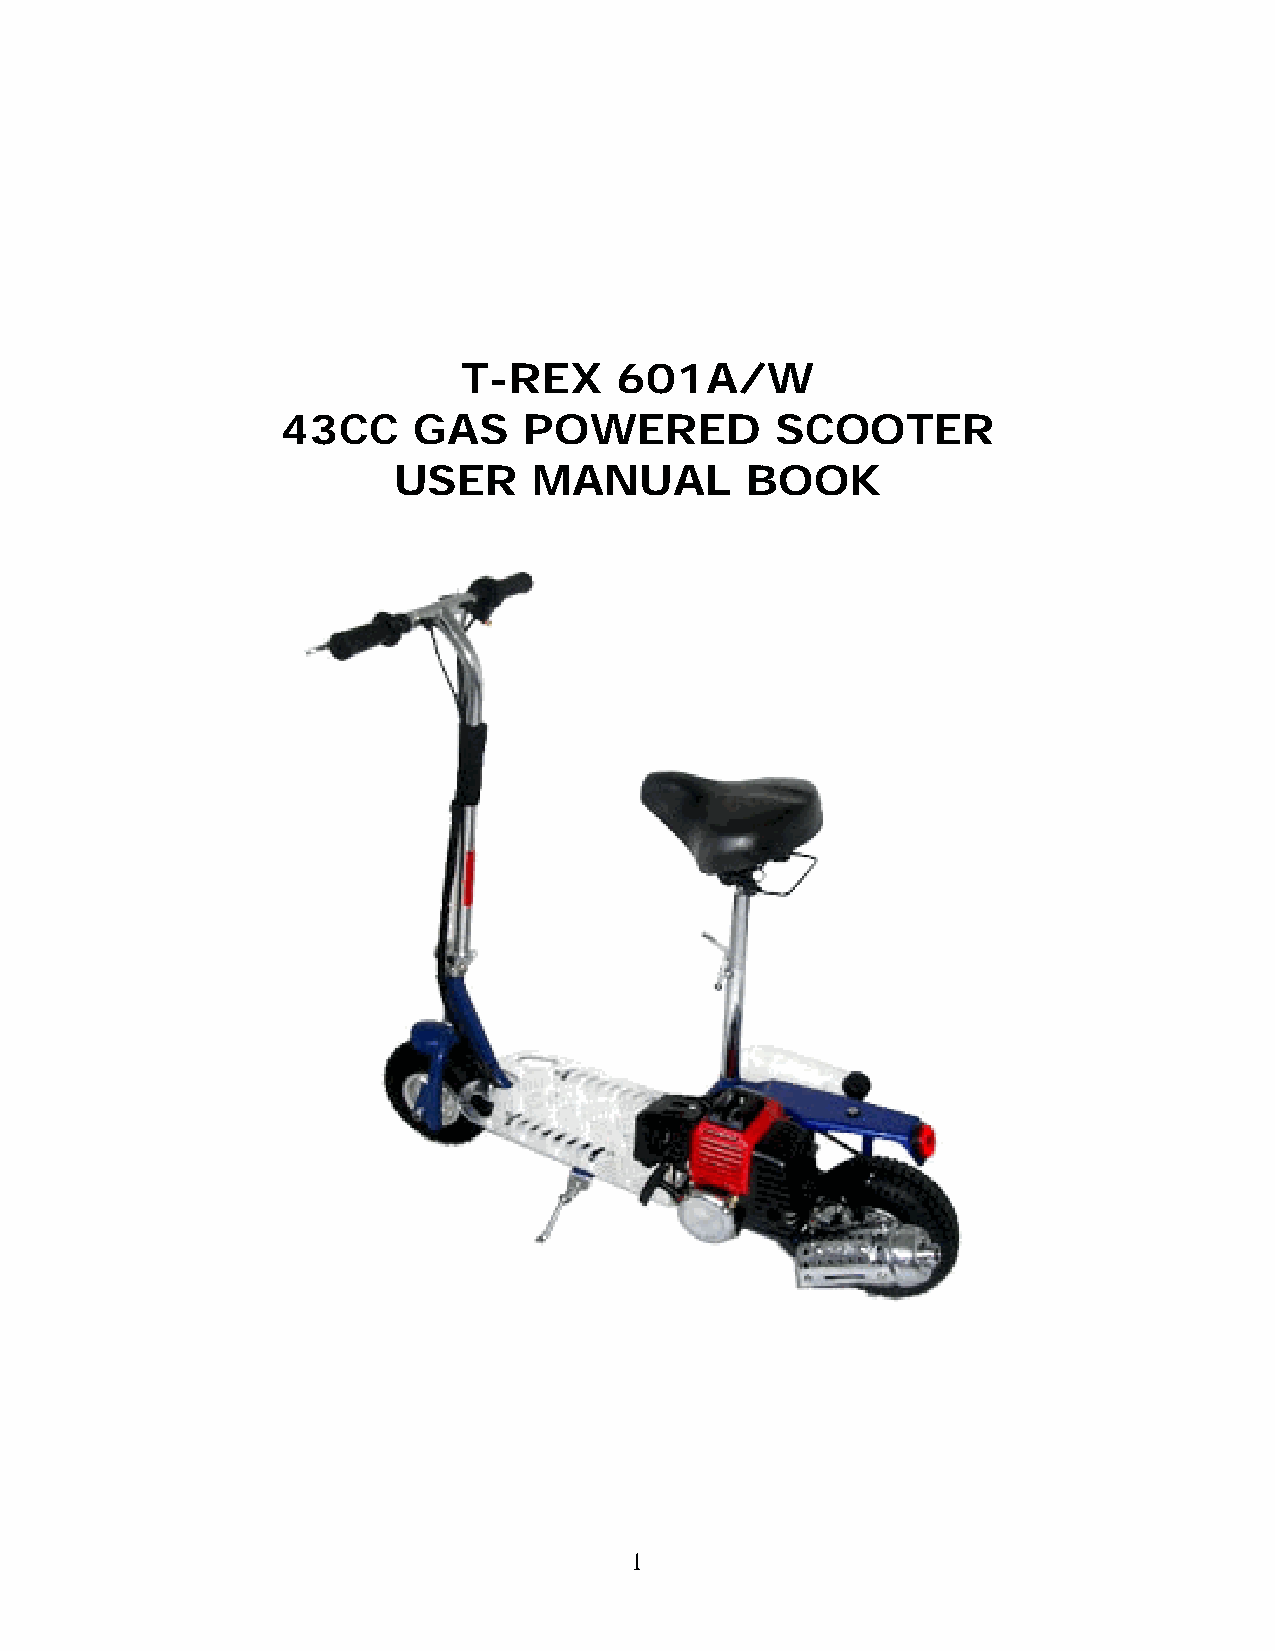
T-REX     601A/W
 43CC    GAS     POWERED         SCOOTER
 USER     MANUAL        BOOK
 1